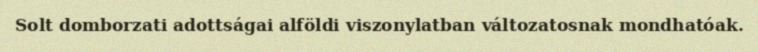
Solt domborzati adottságai alföldi viszonylatban változatosnak mondhatóak.